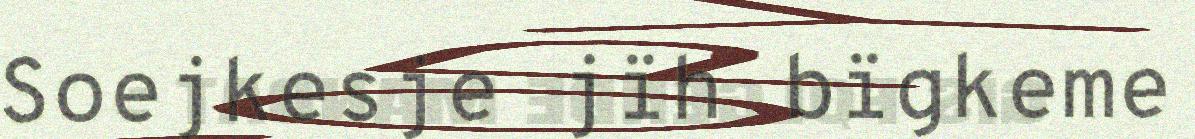
Soejkesje jïh bïgkeme